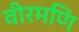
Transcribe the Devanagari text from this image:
वीरमणि